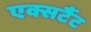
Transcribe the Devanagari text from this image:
एक्सटैंट